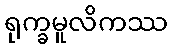
ရုက္ခမူလိကဿ